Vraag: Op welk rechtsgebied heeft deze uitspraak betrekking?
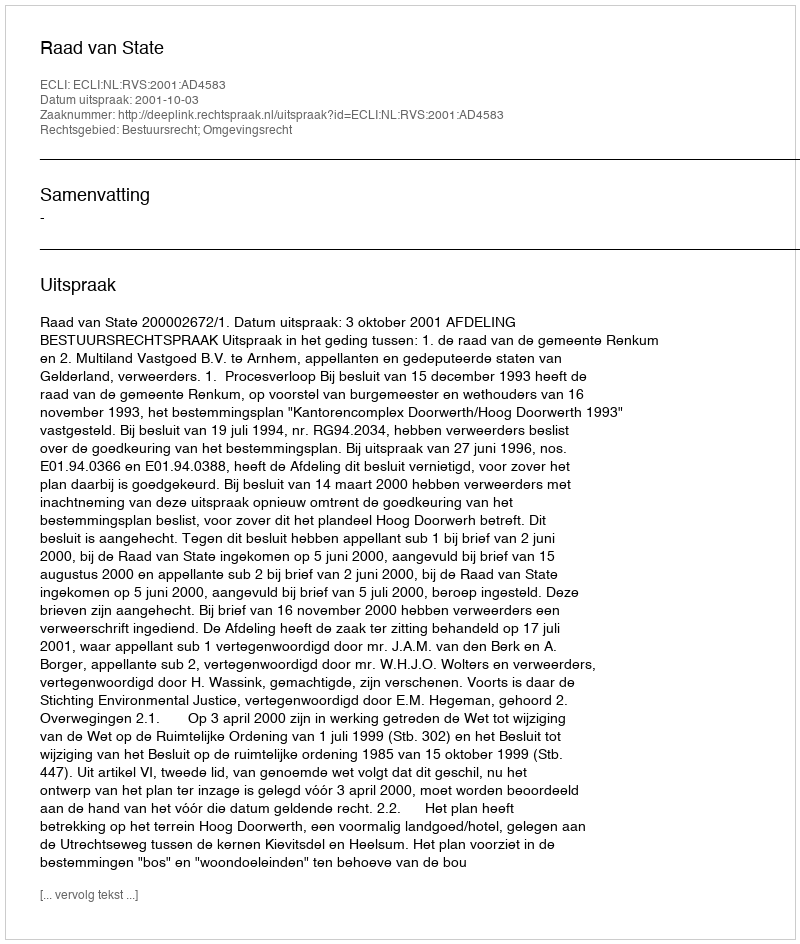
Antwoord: Bestuursrecht; Omgevingsrecht